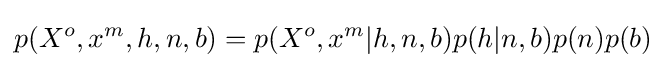
p(X^{o},x^{m},h,n,b)=p(X^{o},x^{m}|h,n,b)p(h|n,b)p(n)p(b)